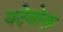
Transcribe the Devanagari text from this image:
यदेवोक्तं